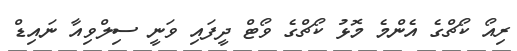
ރިއޯ ކޯޗްގެ އެންމެ މޮޅު ކޯޗްގެ ވޯޓް ދީފައި ވަނީ ސިލްވިއާ ނައިޑް